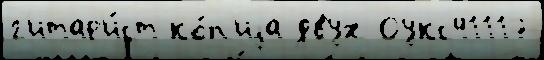
г'итар'и́ст ко́п'иjа двух Оукс41117